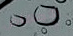
الإجهاض